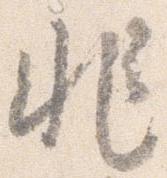
非